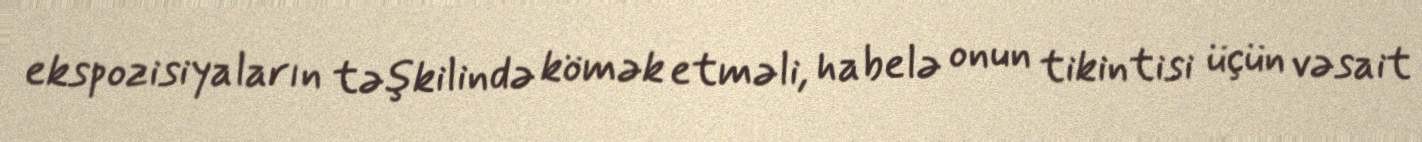
ekspozisiyaların təşkilində kömək etməli, habelə onun tikintisi üçün vəsait